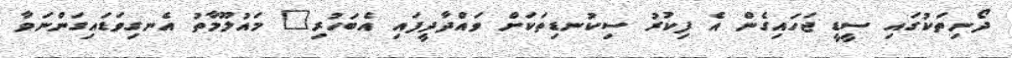
ދޯނިތަކުގައި ސީޑީ ޖަހައިގެން އެ ފިކުރު ސިކުނޑިތަކަށް ވައްދާދީފައި އެބަހުރި" މައުލޫމާތު އެނގިވަޑައިގަންނަވާ